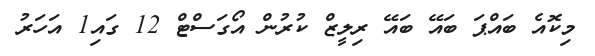
މިކޮއެ ބައްޕަ ބައޭ ބައޭ ރިލީޒް ކުރުން އޯގަސްޓް 12 ގައި1 އަހަރު